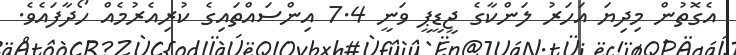
އެގޮތުން މިދިޔަ އަހަރު ލަންކާގެ ޖީޑީޕީ ވަނީ 7.4 އިންސައްތައިގެ ކުރިއެރުމެއް ހޯދާފައެވެ.